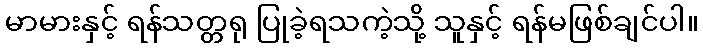
မာမားနှင့် ရန်သတ္တရု ပြုခဲ့ရသကဲ့သို့ သူနှင့် ရန်မဖြစ်ချင်ပါ။